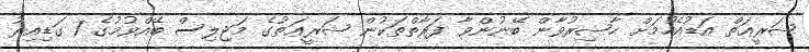
ޝަރީޢަތް އަޑުއެހުމަށް ޙާޟިރުވާން ބޭނުންވާ ފަރާތްތަކުން ޝަރީޢަތުގެ މަޖިލިސް ބޭއްވުމުގެ 1 ގަޑިއިރު